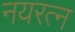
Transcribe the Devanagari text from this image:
नयरत्न